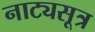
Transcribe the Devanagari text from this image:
नाट्यसूत्र